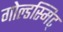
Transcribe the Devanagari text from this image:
गोल्डस्मिट्